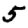
Digit: 5